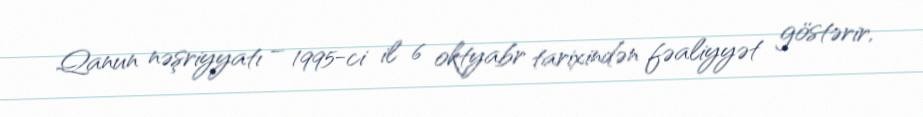
Qanun nəşriyyatı – 1995-ci il 6 oktyabr tarixindən fəaliyyət göstərir,